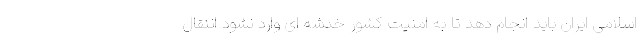
اسلامی ایران باید انجام دهد تا به امنیت کشور خدشه ای وارد نشود اننقال